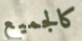
كالجميع